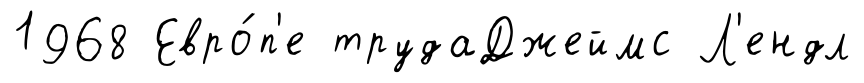
1968 Евро́п'е трудаДжеймс Л'ендл